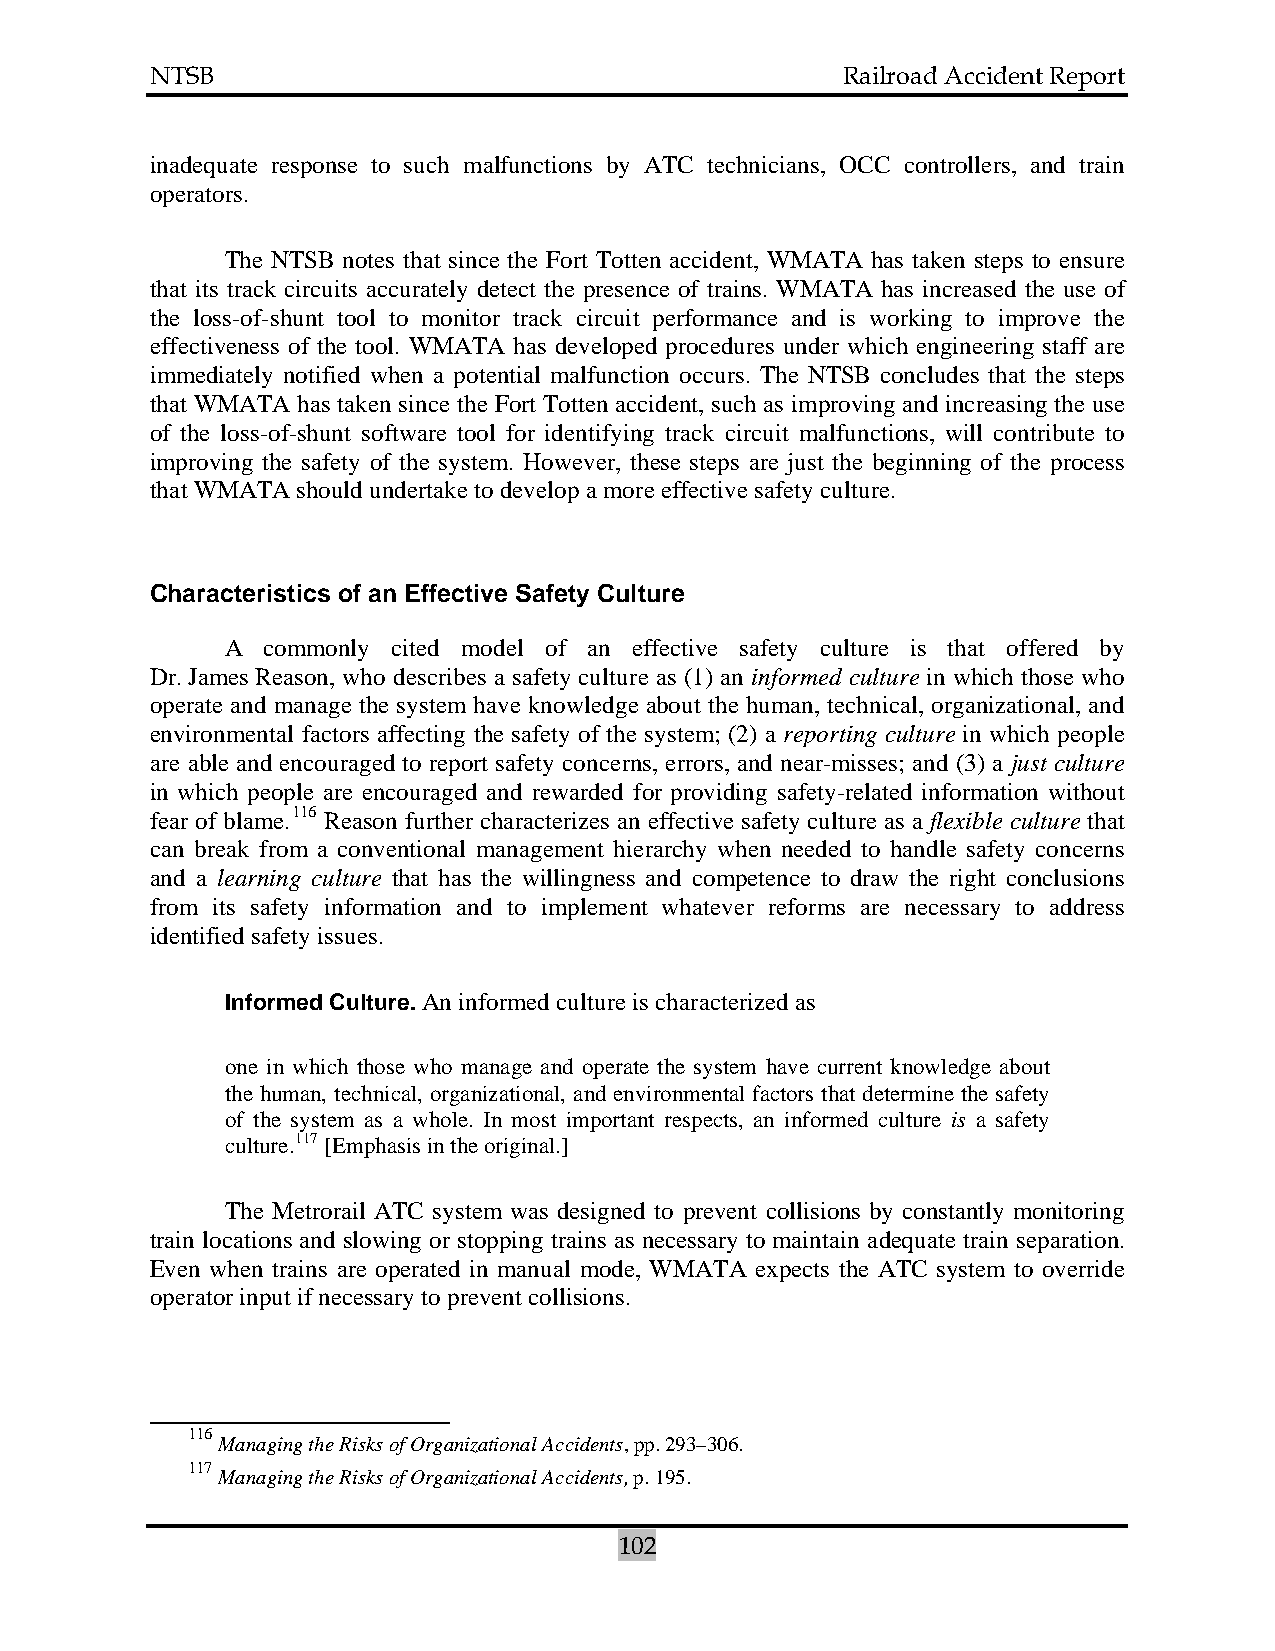
NTSB                                          Railroad Accident Report
 inadequate response to such malfunctions by ATC technicians, OCC controllers, and train
 operators.
 The NTSB notes that since the Fort Totten accident, WMATA has taken steps to ensure
 that its track circuits accurately detect the presence of trains. WMATA has increased the use of
 the loss-of-shunt tool to monitor track circuit performance and is working to improve the
 effectiveness of the tool. WMATA has developed procedures under which engineering staff are
 immediately notified when a potential malfunction occurs. The NTSB concludes that the steps
 that WMATA has taken since the Fort Totten accident, such as improving and increasing the use
 of the loss-of-shunt software tool for identifying track circuit malfunctions, will contribute to
 improving the safety of the system. However, these steps are just the beginning of the process
 that WMATA should undertake to develop a more effective safety culture.
 Characteristics of an Effective Safety Culture
 A commonly cited model of an effective safety culture is that offered by
 Dr. James Reason, who describes a safety culture as (1) an informed culture in which those who
 operate and manage the system have knowledge about the human, technical, organizational, and
 environmental factors affecting the safety of the system; (2) a reporting culture in which people
 are able and encouraged to report safety concerns, errors, and near-misses; and (3) a just culture
 in which people are encouraged and rewarded for providing safety-related information without
 fear of blame.116 Reason further characterizes an effective safety culture as a flexible culture that
 can break from a conventional management hierarchy when needed to handle safety concerns
 and a learning culture that has the willingness and competence to draw the right conclusions
 from its safety information and to implement whatever reforms are necessary to address
 identified safety issues.
 Informed Culture. An informed culture is characterized as
 one in which those who manage and operate the system have current knowledge about
 the human, technical, organizational, and environmental factors that determine the safety
 of the system as a whole. In most important respects, an informed culture is a safety
 culture.117 [Emphasis in the original.]
 The Metrorail ATC system was designed to prevent collisions by constantly monitoring
 train locations and slowing or stopping trains as necessary to maintain adequate train separation.
 Even when trains are operated in manual mode, WMATA expects the ATC system to override
 operator input if necessary to prevent collisions.
 116
 Managing the Risks of Organizational Accidents, pp. 293–306.
 117
 Managing the Risks of Organizational Accidents, p. 195.
 102